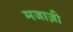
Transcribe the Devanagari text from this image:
मजाज़ी